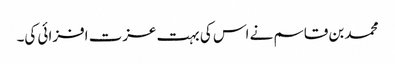
محمد بن قاسم نے اس کی بہت عزت افزائی کی۔